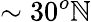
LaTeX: \sim30^{o}\mathbb{N}